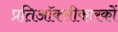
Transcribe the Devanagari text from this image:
प्रतिऑक्सीकारकों